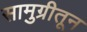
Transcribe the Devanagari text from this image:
सामुग्रीतून